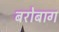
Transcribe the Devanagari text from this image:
बरोबाग